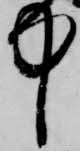
中